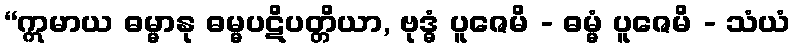
“ဣမာယ ဓမ္မာနု ဓမ္မပဋိပတ္တိယာ, ဗုဒ္ဓံ ပူဇေမိ - ဓမ္မံ ပူဇေမိ - သံယံ